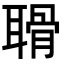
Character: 𦖼